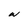
Character: W